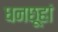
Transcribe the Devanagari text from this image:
धनछूहां